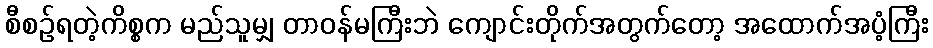
စီစဉ်ရတဲ့ကိစ္စက မည်သူမျှ တာဝန်မကြီးဘဲ ကျောင်းတိုက်အတွက်တော့ အထောက်အပံ့ကြီး